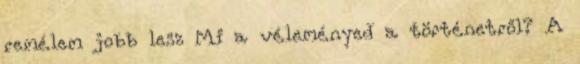
remélem jobb lesz Mi a véleményed a történetről? A